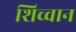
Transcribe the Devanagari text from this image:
शिच्वान